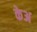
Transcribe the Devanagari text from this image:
केअ